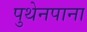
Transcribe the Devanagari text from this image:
पुथेनपाना